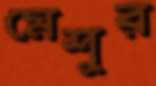
মেশুর